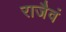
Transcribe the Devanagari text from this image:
राजैवं